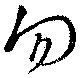
勿